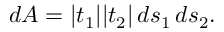
\begin{array} { r } { d A = | t _ { 1 } | | t _ { 2 } | \, d s _ { 1 } \, d s _ { 2 } . } \end{array}